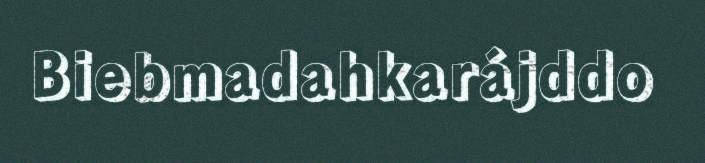
Biebmadahkarájddo